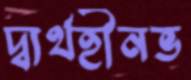
দ্ব্যর্থহীনভ